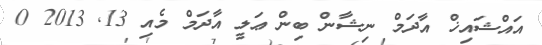
އައްޝައިޚް އާދަމް ނިޝާން ބިން ޢަލީ އާދަމް މެއި 13